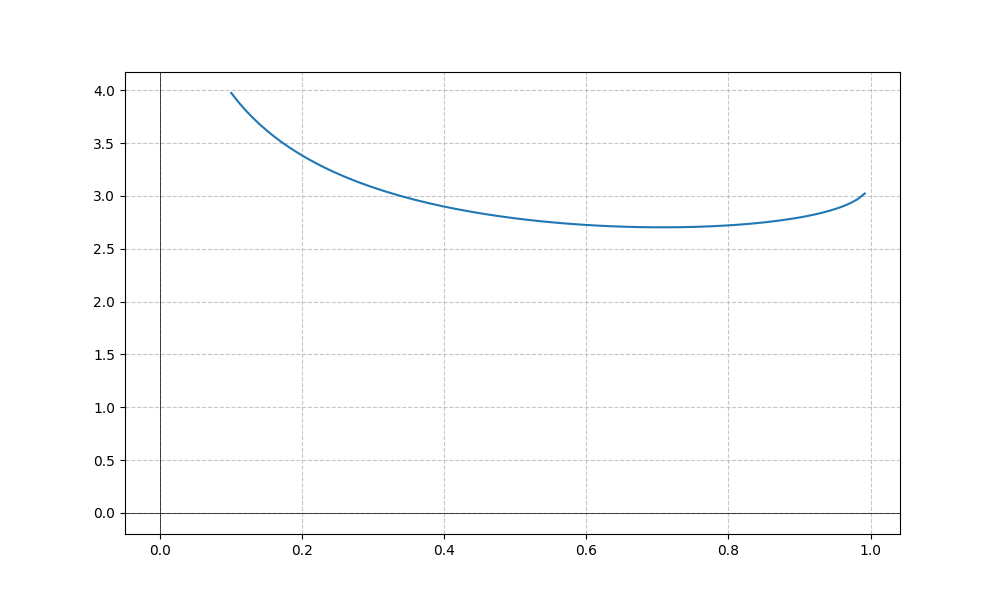
LaTeX formula: - \log{\left(x \right)} + \operatorname{acos}{\left(- x \right)}